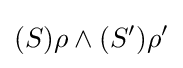
(S)\rho \wedge (S')\rho '